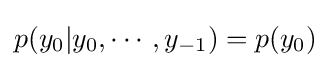
p(y_{0}|y_{0},\cdots ,y_{-1})=p(y_{0})